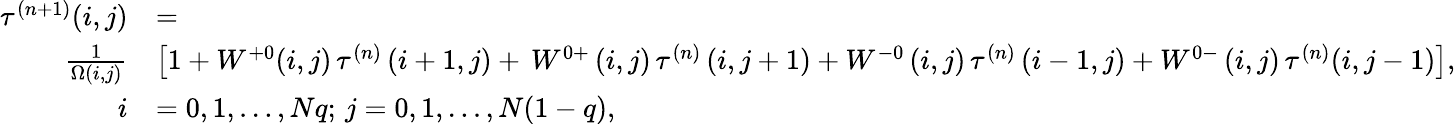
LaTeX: \begin{array}{rl}{\tau^{(n+1)}(i,j)}&{=}\\ {\frac{1}{\Omega(i,j)}}&{\left[1+W^{+0}(i,j)\thinspace\tau^{(n)}\left(i+1,j\right)+\thinspace W^{0+}\thinspace(i,j)\thinspace\tau^{(n)}\left(i,j+1\right)+W^{-0}\thinspace(i,j)\thinspace\tau^{(n)}\left(i-1,j\right)+W^{0-}\thinspace(i,j)\thinspace\tau^{(n)}(i,j-1)\right],}\\ {i}&{=0,1,\dots,Nq;\thinspace j=0,1,\dots,N(1-q),}\end{array}